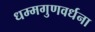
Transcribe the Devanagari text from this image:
धम्मगुणवर्धना